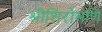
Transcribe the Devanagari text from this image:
श्रीशिरोमणि